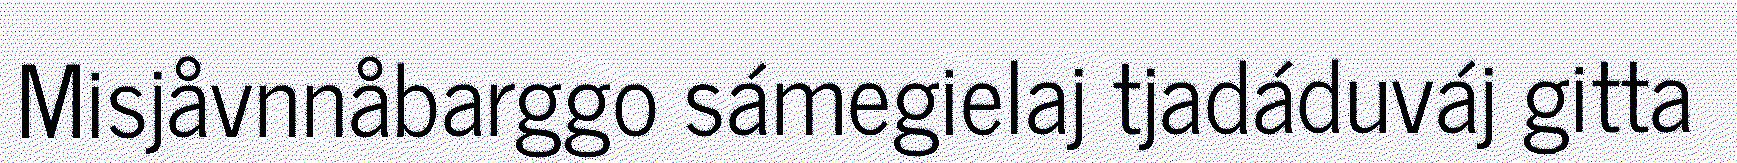
Misjåvnnåbarggo sámegielaj tjadáduváj gitta